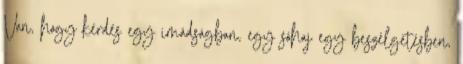
Van, hogy kérdés egy imádságban, egy sóhaj egy beszélgetésben,